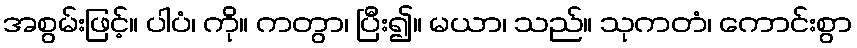
အစွမ်းဖြင့်။ ပါပံ၊ ကို။ ကတွာ၊ ပြီး၍။ မယာ၊ သည်။ သုကတံ၊ ကောင်းစွာ